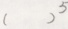
( ) ^ { 5 }